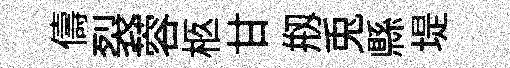
儔裂蓉柩甘剏兎縣堤